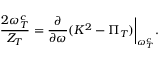
{ \frac { 2 \omega _ { T } ^ { c } } { Z _ { T } } } = { \frac { \partial } { \partial \omega } } ( K ^ { 2 } - \Pi _ { T } ) \bigg | _ { \omega _ { T } ^ { c } } .